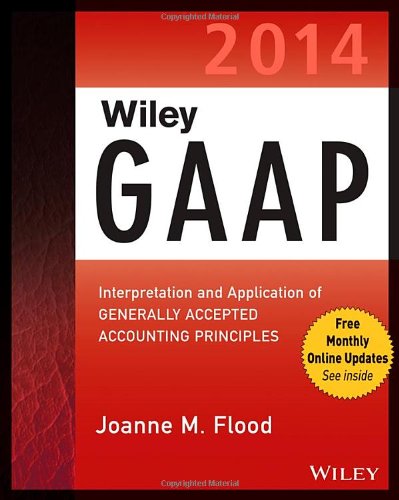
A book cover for Wiley GAAP 2014: Interpretation and Application of Generally Accepted Accounting Principles; Joanne M. Flood; Test Preparation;